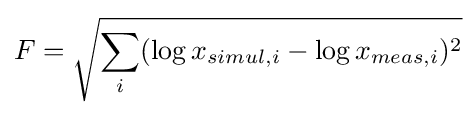
F={\sqrt {\sum _{i}(\log x_{simul,i}-\log x_{meas,i})^{2}}}